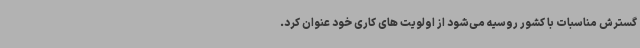
گسترش مناسبات با کشور روسیه می‌شود از اولویت های کاری خود عنوان کرد.